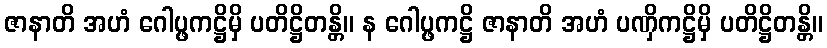
ဇာနာတိ အဟံ ဂေါပ္ဖကဋ္ဌိမှိ ပတိဋ္ဌိတန္တိ။ န ဂေါပ္ဖကဋ္ဌိ ဇာနာတိ အဟံ ပဏှိကဋ္ဌိမှိ ပတိဋ္ဌိတန္တိ။